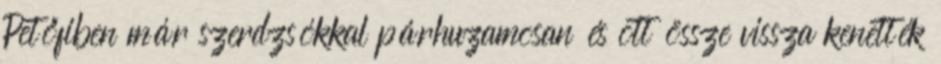
Petőfiben már szerdzsókkal párhuzamosan és ott össze vissza kenették